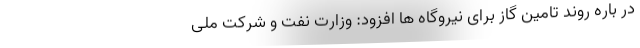
در باره روند تامین گاز برای نیروگاه ها افزود: وزارت نفت و شرکت ملی